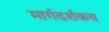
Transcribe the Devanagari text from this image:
मार्गदर्शकच